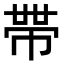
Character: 𭘧